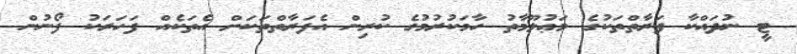
ޓީ ނުދައްކާ ފަރާތްތަކުގެ މަޢުލޫމާތު ހާމަކުރުމުގެ ކުރިން އެފަރާތްތަކަށް އެތަކެއް ފަހަރަކު ފޯނުން